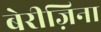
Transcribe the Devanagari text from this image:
बेरीज़िना